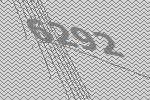
6292